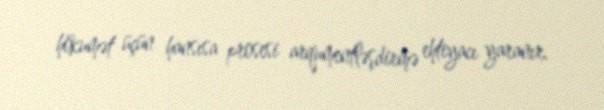
hökumət üçün hansısa prosesi arqumentləşdirmə ehtiyacı yaranır.